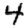
Digit: 4